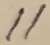
Text: 11